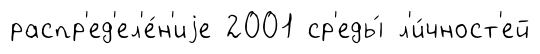
распр'ед'ел'е́н'иjе 2001 ср'еды́ л'и́чност'ей